Scottish Certificate of Education, 1963
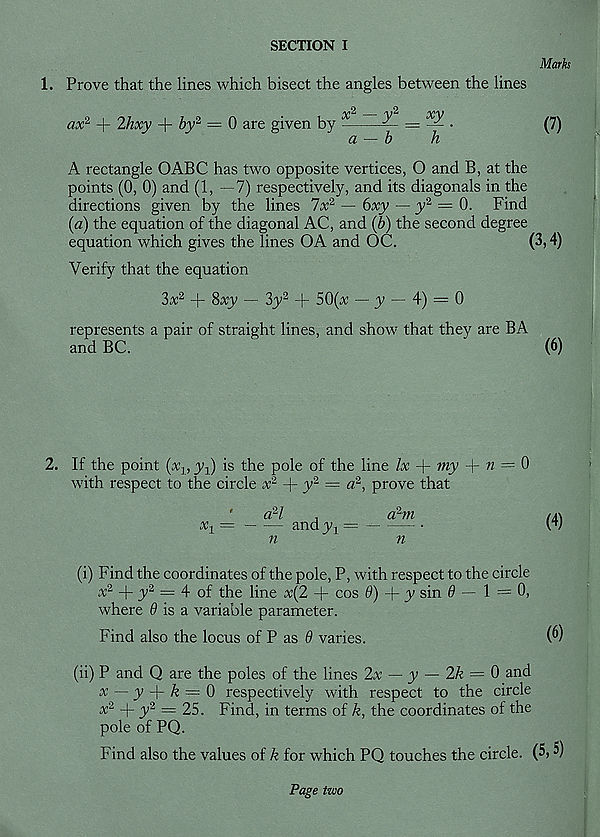
SECTION I
Marks
1. Prove that the lines which bisect the angles between the lines
ax 2 + 2hxy + by' 2 — 0 are given by ~= — •
(7)
a — b
h
A rectangle OABC has two opposite vertices, O and B, at the
points (0, 0) and (1, —7) respectively, and its diagonals in the
directions given by the lines 7x 2 — 6xy — y 2 = 0. Find
(a) the equation of the diagonal AC, and (b) the second degree
equation which gives the lines OA and OC.
(3,4)
Verify that the equation
3x 2 + 8xy — 3y 2 + 50(x ■— y — 4) = 0
represents a pair of straight lines, and show that they are BA
and BC.
~
(6)
2. If the point («j, y^) is the pole of the line lx + my + 72 = 0
with respect to the circle x 2 + y 2 = a' 2 , prove that
x 1
9 7
9
a-7
,
a~m
andy, =
n
n
(4)
(i) Find the coordinates of the pole, P, with respect to the circle
x 2 + y 2 = 4 of the line x{2 + cos 0) + y sin 0 — 1 = 0,
where 0 is a variable parameter.
Find also the locus of P as 0 varies.
(ii) P and Q are the poles of the lines 2x — y — 2/e = 0 and
# — y + & = 0 respectively with respect to the circle
V 2 + y 2 = 25. Find, in terms of k, the coordinates of the
pole of PQ.
Find also the values of k for which PQ touches the circle. (5)
Page two